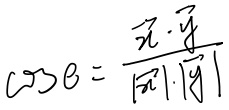
\(\cos \theta = \frac{\vec{x} \cdot \vec{y}}{|\vec{x}| \cdot |\vec{y}|}\)